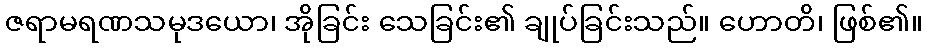
ဇရာမရဏသမုဒယော၊ အိုခြင်း သေခြင်း၏ ချုပ်ခြင်းသည်။ ဟောတိ၊ ဖြစ်၏။